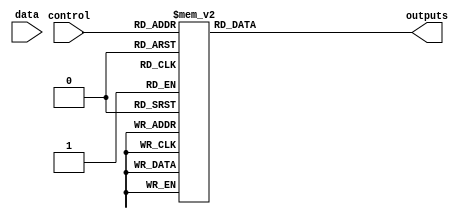
module demux_1to16 (
    input wire data,
    input wire [3:0] control,
    output reg [15:0] outputs
);

always @* begin
    case (control)
        4'b0000: outputs = 16'b0000_0000_0000_0001;
        4'b0001: outputs = 16'b0000_0000_0000_0010;
        4'b0010: outputs = 16'b0000_0000_0000_0100;
        4'b0011: outputs = 16'b0000_0000_0000_1000;
        4'b0100: outputs = 16'b0000_0000_0001_0000;
        4'b0101: outputs = 16'b0000_0000_0010_0000;
        4'b0110: outputs = 16'b0000_0000_0100_0000;
        4'b0111: outputs = 16'b0000_0000_1000_0000;
        4'b1000: outputs = 16'b0000_0001_0000_0000;
        4'b1001: outputs = 16'b0000_0010_0000_0000;
        4'b1010: outputs = 16'b0000_0100_0000_0000;
        4'b1011: outputs = 16'b0000_1000_0000_0000;
        4'b1100: outputs = 16'b0001_0000_0000_0000;
        4'b1101: outputs = 16'b0010_0000_0000_0000;
        4'b1110: outputs = 16'b0100_0000_0000_0000;
        4'b1111: outputs = 16'b1000_0000_0000_0000;
    endcase
end

endmodule